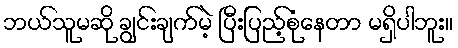
ဘယ်သူမဆို ချွင်းချက်မဲ့ ပြီးပြည့်စုံနေတာ မရှိပါဘူး။